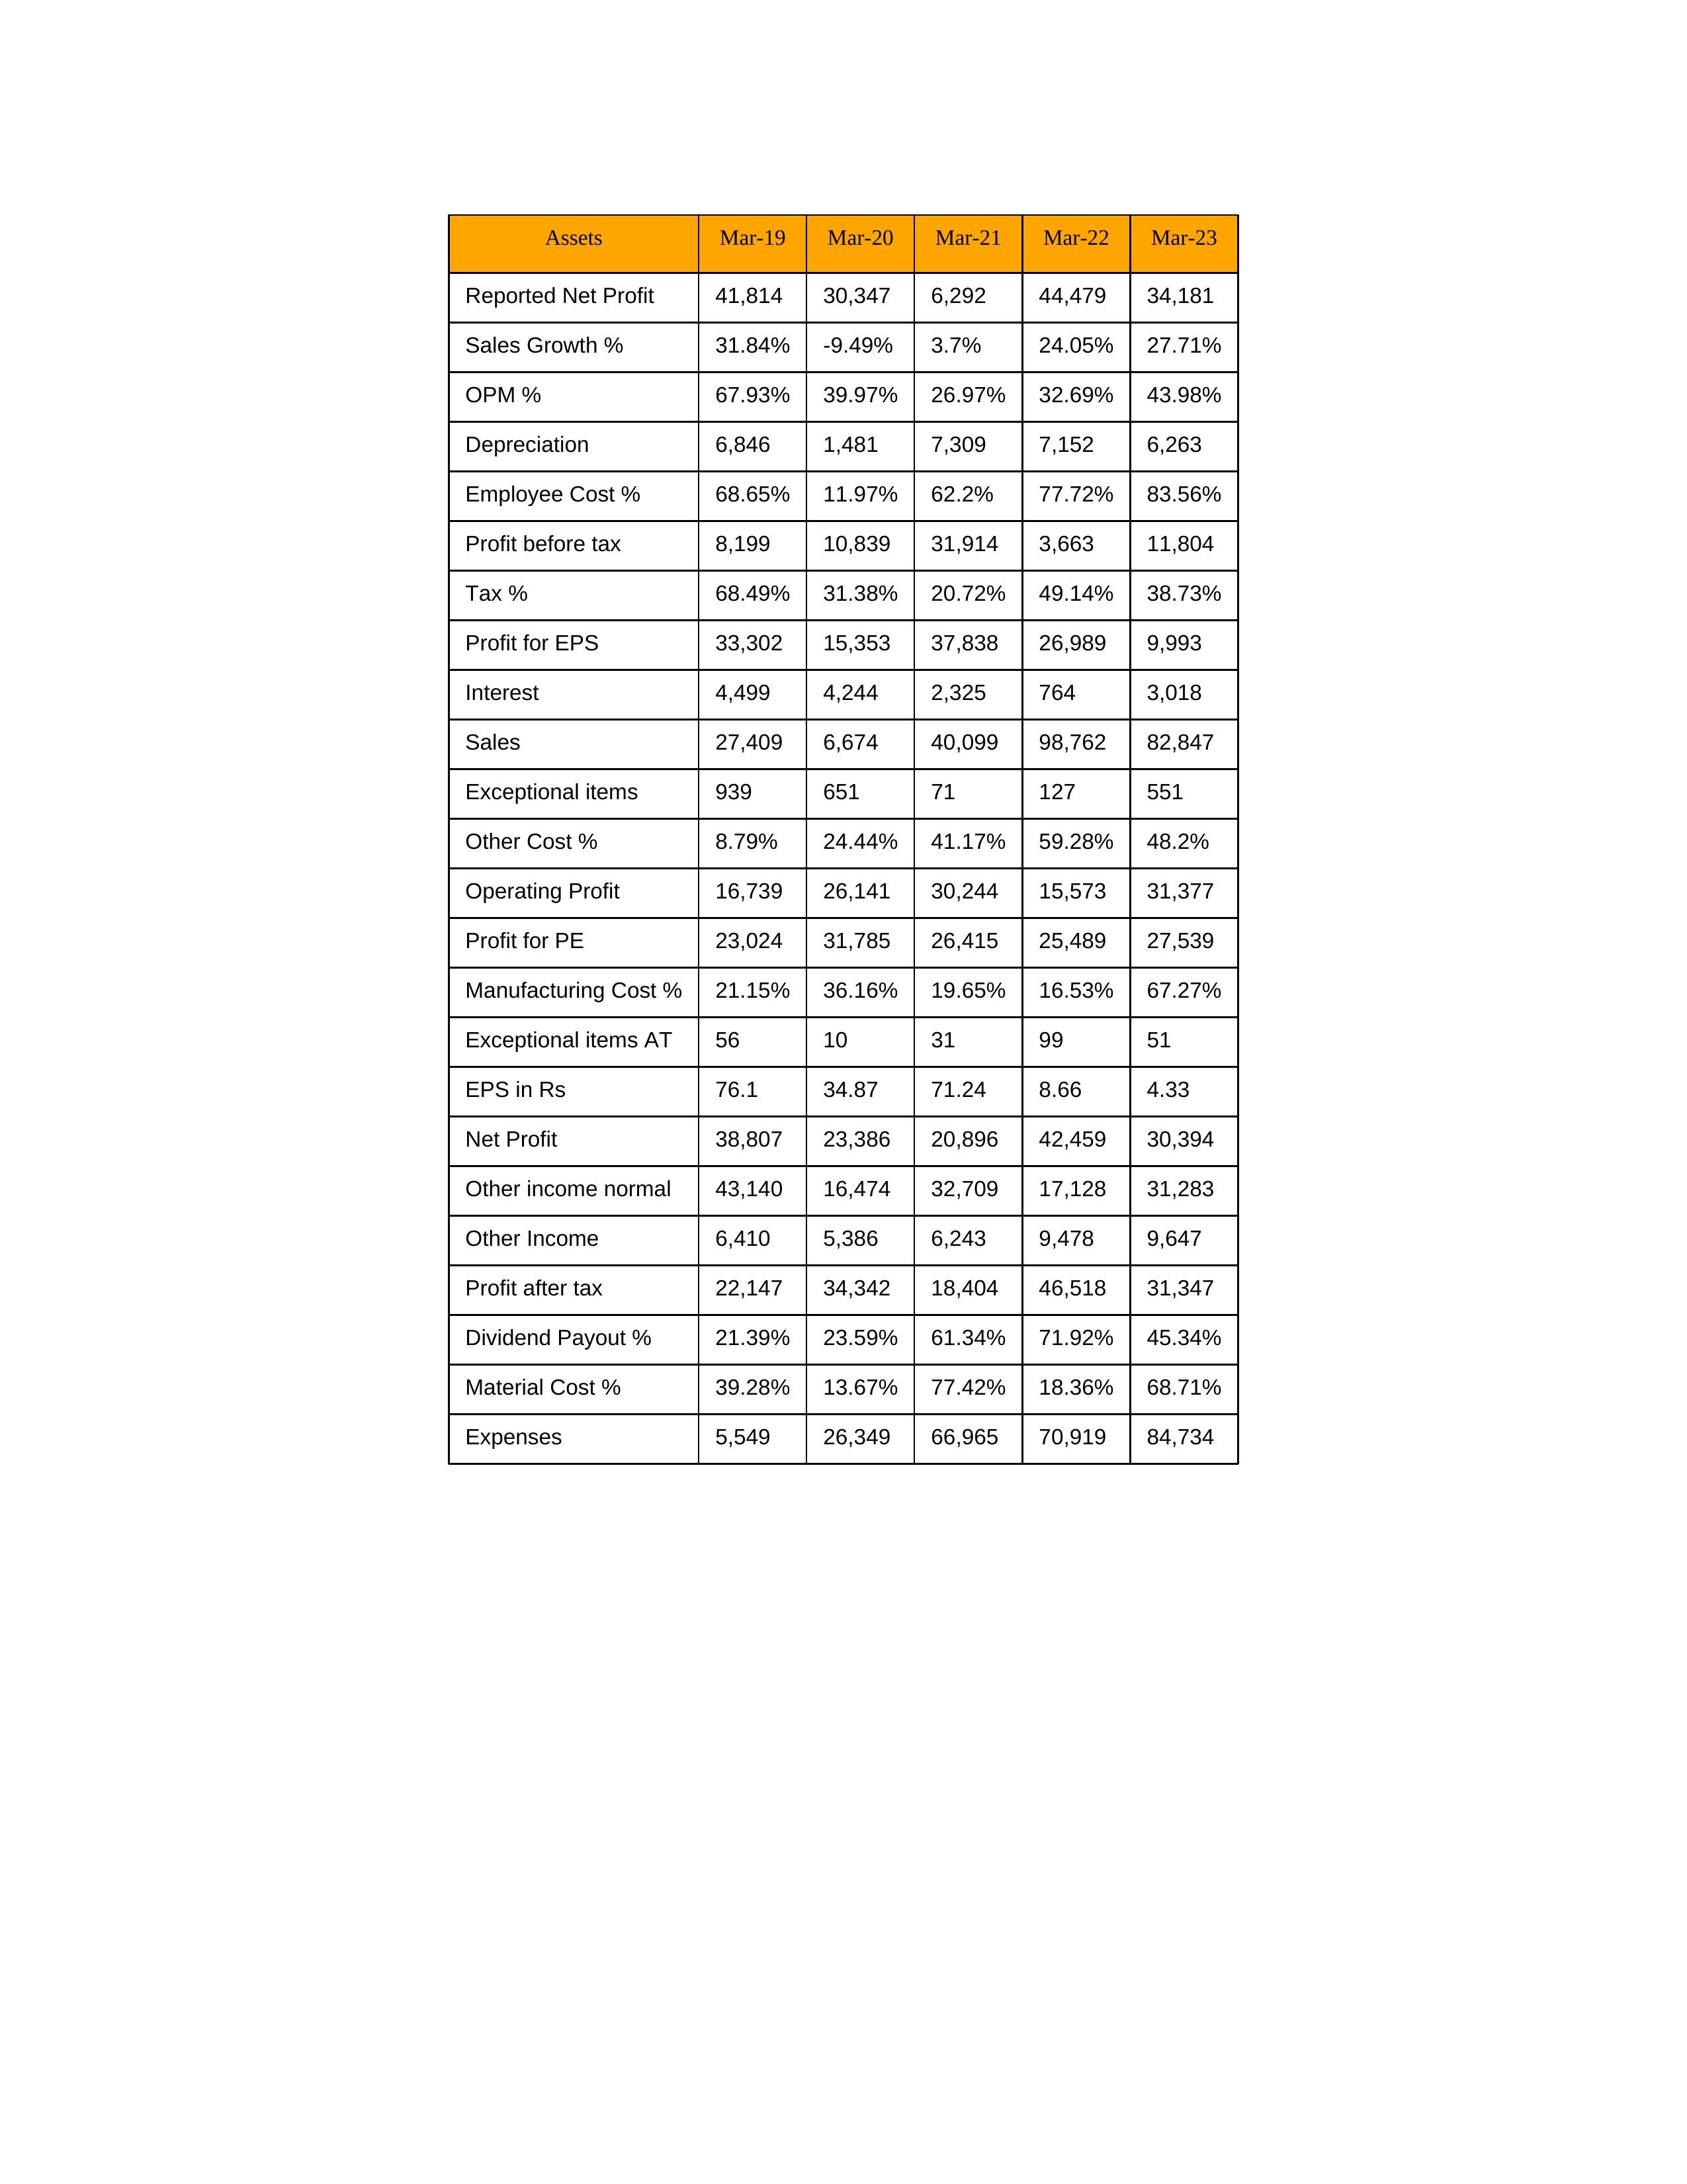
gt_parse: Mar-19: Sales: 27,409
Sales Growth %: 31.84%
Expenses: 5,549
Material Cost %: 39.28%
Manufacturing Cost %: 21.15%
Employee Cost %: 68.65%
Other Cost %: 8.79%
Operating Profit: 16,739
OPM %: 67.93%
Other Income: 6,410
Exceptional items: 939
Other income normal: 43,140
Interest: 4,499
Depreciation: 6,846
Profit before tax: 8,199
Tax %: 68.49%
Net Profit: 38,807
Profit after tax: 22,147
Reported Net Profit: 41,814
Profit for EPS: 33,302
Exceptional items AT: 56
Profit for PE: 23,024
EPS in Rs: 76.1
Dividend Payout %: 21.39%
Mar-20: Sales: 6,674
Sales Growth %: -9.49%
Expenses: 26,349
Material Cost %: 13.67%
Manufacturing Cost %: 36.16%
Employee Cost %: 11.97%
Other Cost %: 24.44%
Operating Profit: 26,141
OPM %: 39.97%
Other Income: 5,386
Exceptional items: 651
Other income normal: 16,474
Interest: 4,244
Depreciation: 1,481
Profit before tax: 10,839
Tax %: 31.38%
Net Profit: 23,386
Profit after tax: 34,342
Reported Net Profit: 30,347
Profit for EPS: 15,353
Exceptional items AT: 10
Profit for PE: 31,785
EPS in Rs: 34.87
Dividend Payout %: 23.59%
Mar-21: Sales: 40,099
Sales Growth %: 3.7%
Expenses: 66,965
Material Cost %: 77.42%
Manufacturing Cost %: 19.65%
Employee Cost %: 62.2%
Other Cost %: 41.17%
Operating Profit: 30,244
OPM %: 26.97%
Other Income: 6,243
Exceptional items: 71
Other income normal: 32,709
Interest: 2,325
Depreciation: 7,309
Profit before tax: 31,914
Tax %: 20.72%
Net Profit: 20,896
Profit after tax: 18,404
Reported Net Profit: 6,292
Profit for EPS: 37,838
Exceptional items AT: 31
Profit for PE: 26,415
EPS in Rs: 71.24
Dividend Payout %: 61.34%
Mar-22: Sales: 98,762
Sales Growth %: 24.05%
Expenses: 70,919
Material Cost %: 18.36%
Manufacturing Cost %: 16.53%
Employee Cost %: 77.72%
Other Cost %: 59.28%
Operating Profit: 15,573
OPM %: 32.69%
Other Income: 9,478
Exceptional items: 127
Other income normal: 17,128
Interest: 764
Depreciation: 7,152
Profit before tax: 3,663
Tax %: 49.14%
Net Profit: 42,459
Profit after tax: 46,518
Reported Net Profit: 44,479
Profit for EPS: 26,989
Exceptional items AT: 99
Profit for PE: 25,489
EPS in Rs: 8.66
Dividend Payout %: 71.92%
Mar-23: Sales: 82,847
Sales Growth %: 27.71%
Expenses: 84,734
Material Cost %: 68.71%
Manufacturing Cost %: 67.27%
Employee Cost %: 83.56%
Other Cost %: 48.2%
Operating Profit: 31,377
OPM %: 43.98%
Other Income: 9,647
Exceptional items: 551
Other income normal: 31,283
Interest: 3,018
Depreciation: 6,263
Profit before tax: 11,804
Tax %: 38.73%
Net Profit: 30,394
Profit after tax: 31,347
Reported Net Profit: 34,181
Profit for EPS: 9,993
Exceptional items AT: 51
Profit for PE: 27,539
EPS in Rs: 4.33
Dividend Payout %: 45.34%